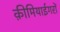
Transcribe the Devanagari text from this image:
क़ीमियाईगरों